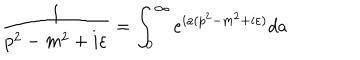
LaTeX: \frac { 1 } { p ^ { 2 } - m ^ { 2 } + i \varepsilon } = \int _ { 0 } ^ { \infty } e ^ { i a ( p ^ { 2 } - m ^ { 2 } + i \varepsilon ) } d a